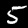
Label: 5